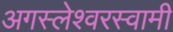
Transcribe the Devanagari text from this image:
अगस्‍लेश्‍वरस्‍वामी